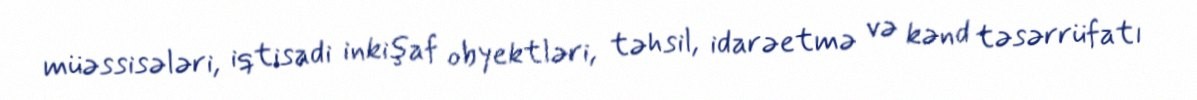
müəssisələri, iqtisadi inkişaf obyektləri, təhsil, idarəetmə və kənd təsərrüfatı